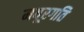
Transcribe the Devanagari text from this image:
मयूरगति